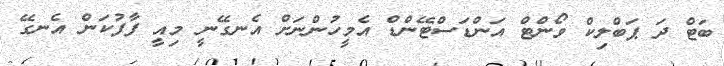
ބަޓް ދަ ޕަބްލިކް ވޯންޓް އަންޑަސްޓޭންޑް އެމީހުންނަށް އެނގޭނީ މިއީ ފާފުކަން އެނގޭ